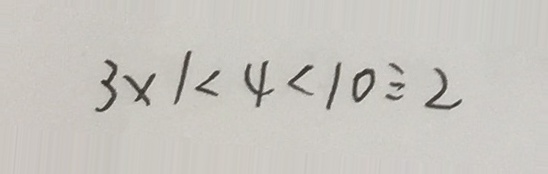
3 \times 1 < 4 < 1 0 \div 2